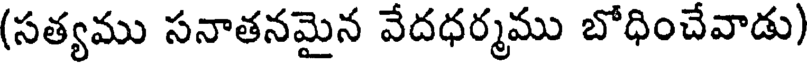
(సత్యము సనాతనమైన వేదధర్మము బోధించేవాడు)